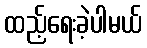
ထည့်ရေးခဲ့ပါမယ်